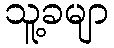
သူ့ခမျာ